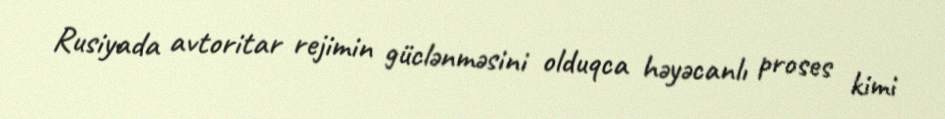
Rusiyada avtoritar rejimin güclənməsini olduqca həyəcanlı proses kimi